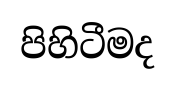
පිහිටීමද